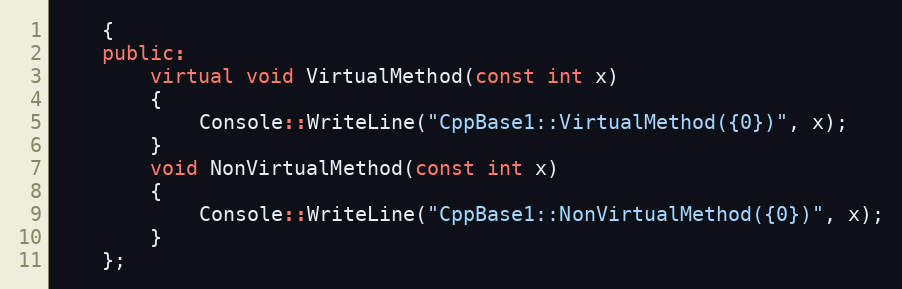
Language: C++
    {
    public:
        virtual void VirtualMethod(const int x)
        {
            Console::WriteLine("CppBase1::VirtualMethod({0})", x);
        }
        void NonVirtualMethod(const int x)
        {
            Console::WriteLine("CppBase1::NonVirtualMethod({0})", x);
        }
    };